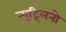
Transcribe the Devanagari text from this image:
न्यूट्र्लिनो